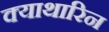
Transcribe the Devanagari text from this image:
क्याथारिन